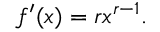
f ^ { \prime } ( x ) = r x ^ { r - 1 } .